Indian Civil Veterinary Department memoirs
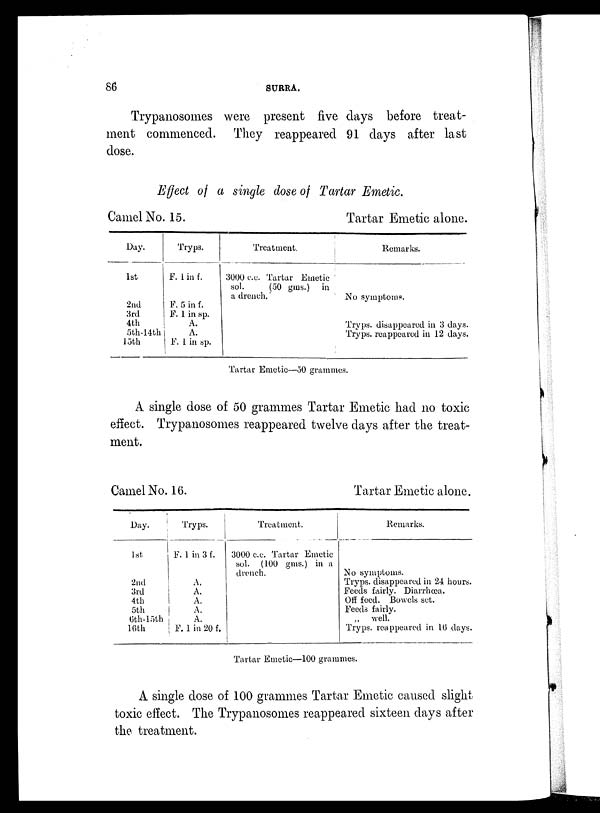
86
SURRA.
Trypanosomes were present five days before treat-
ment commenced. They reappeared 91 days after last
dose.
Effect of a single dose of Tartar Emetic.
Camel No. 15.
Day.
1st
2nd
3rd
4th
5th-14th
15th
Tryps.
F. 1 in f.
F. 5 in f.
F. 1 in sp.
A.
A.
F. 1 in sp.
Treatment.
3000 c.c. Tartar Emetic
sol.
(50 gms.) in
a drench.
Tartar Emetic alone.
Remarks.
No symptoms.
Tryps. disappeared in 3 days.
Tryps. reappeared in 12 days.
Tartar Emetic—50 grammes.
A single dose of 50 grammes Tartar Emetic had no toxic
effect. Trypanosomes reappeared twelve days after the treat-
ment.
Camel No. 16.
Day.
1st
2nd
3rd
4th
5th
6th-15th
16th
Tryps.
F. 1 in 3 f.
A.
A.
A.
A.
A.
F. 1 in 20 f.
Treatment.
3000 c.c. Tartar Emetic
sol. (100 gms.) in a
drench.
Tartar Emetic alone.
Remarks.
No symptoms.
Tryps. disappeared in 24 hours.
Feeds fairly. Diarrhœa.
Off feed. Bowels set.
Feeds fairly.
„ well.
Tryps. reappeared in 16 days.
Tartar Emetic—100 grammes.
A single dose of 100 grammes Tartar Emetic caused slight
toxic effect. The Trypanosomes reappeared sixteen days after
the treatment.